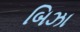
બિઝા